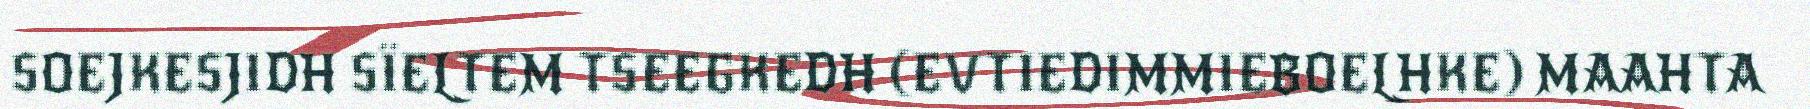
SOEJKESJIDH SÏELTEM TSEEGKEDH (EVTIEDIMMIEBOELHKE) MAAHTA